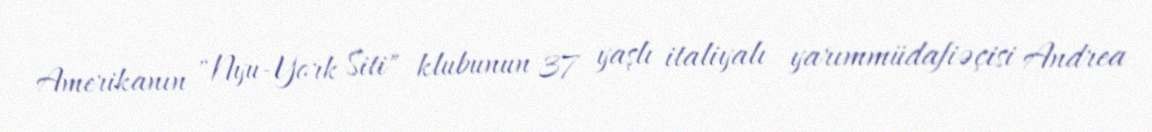
Amerikanın "Nyu-York Siti" klubunun 37 yaşlı italiyalı yarımmüdafiəçisi Andrea